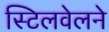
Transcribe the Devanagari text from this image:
स्टिलवेलने